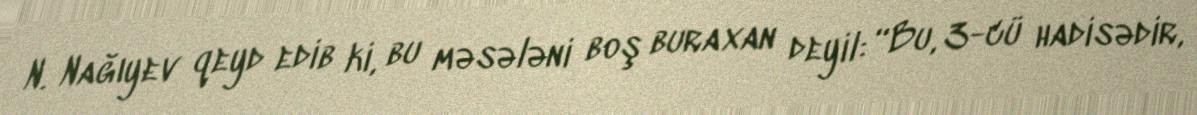
N. Nağıyev qeyd edib ki, bu məsələni boş buraxan deyil: “Bu, 3-cü hadisədir,